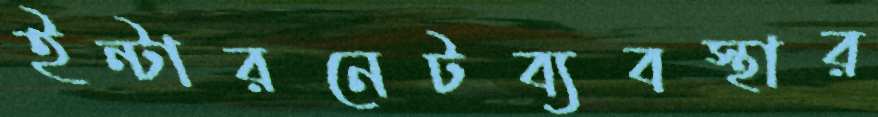
ইন্টারনেটব্যবস্থার